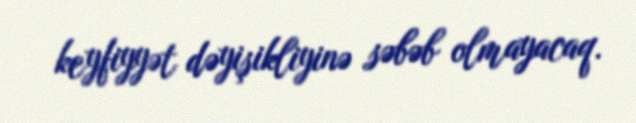
keyfiyyət dəyişikliyinə səbəb olmayacaq.